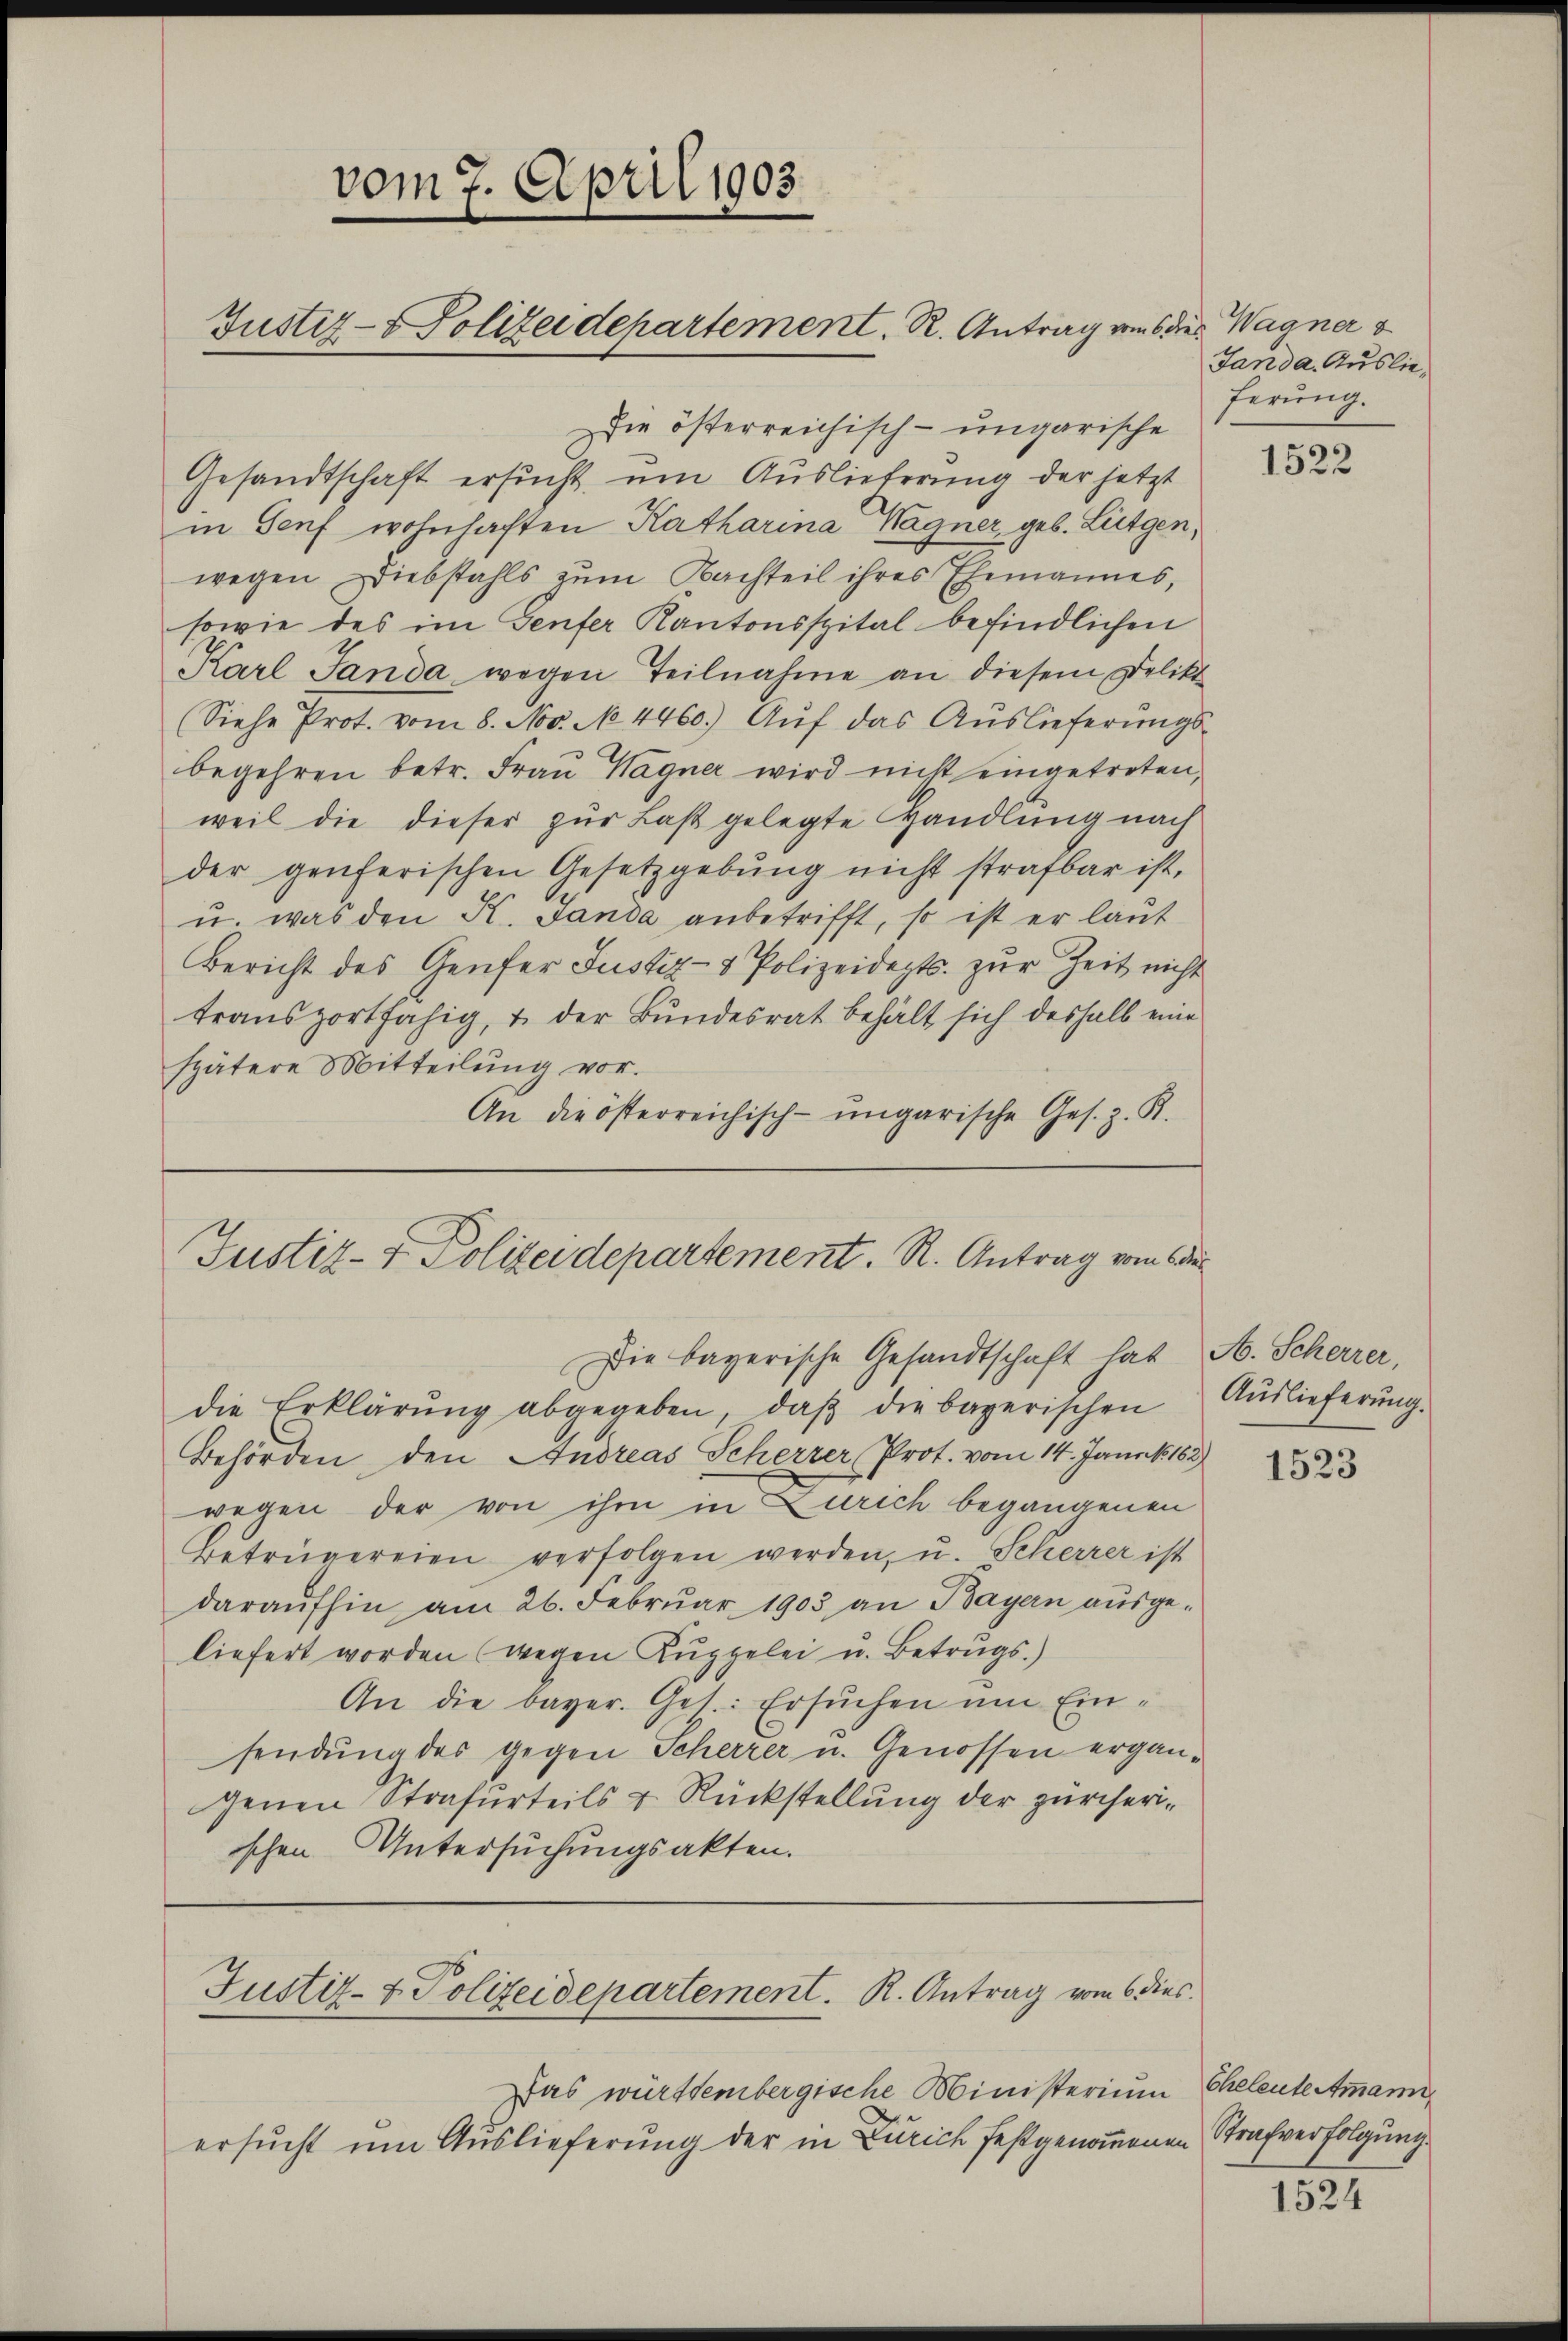
vom 7. April 1903
Justiz- & Polizeidepartement. R. Antrag aus des Wagner v

Die österreichisch-ungarische
Gesandtschaft ersucht, um Auslieferung der jetzt
in Senf wohnhaften Katharina Wagner, geb. Lützen,
wegen Diebstahls zum Nachteil ihres Ehemannes,
sowie des im Genfer Kantonsspital befindlichen
Karl Sanda wegen Teilnahme an diesem Delikt
Siehe Prot. vom 8. No. N. 4460.) Auf das Auslieferungsbegehren betr. Frau Wagner wird nicht eingetreten,
weil die dieser zur Last gelegte Handlung nach
der genferischen Gesetzgebung nicht strafbar ist,
u. was den K. Sanda anbetrifft, so ist er laut
Bericht des Genfer Justiz- & Polizeidepts. zur Zeit nicht
transportfähig, u. der Bundesrat behält sich deshalb eine
spätere Mitteilung vor.
An die österreichisch-ungarische Ges. z. K.

Das württembergische Ministerium
ersucht um Auslieferung der in Zürich festgenommenen

Justiz- & Polizeidepartement. R. Antrag vom 6 der
Die bayerische Gesandtschaft hat A. Scherrer,

die Erklärung abgegeben, daß die bayerischen
Behörden, den Andreas Scherzer, Prot. vom 14. Jannk 182
wegen der von ihm in Zürich begangenen
Betrügereien verfolgen werden, u. Scherrer ist
daraufhin am 26. Februar 1903 an Bayern ausgeliefert worden (wegen Kuppelei u. Betrugs.)
An die bayer. Ges.: Ersuchen um Einsendung des gegen Scherzer u. Genossen ergängenen Strafurteils & Rückstellung der zürcherischen Untersuchungsakten.

Justiz- & Polizeidepartement.   K. Antrag vom 6. dies

Janda. Auslieferung.

1522

Auslieferung.

1523

Cheleute Ammann
Strafverfolgung.

1524